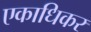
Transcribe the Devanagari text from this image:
एकाधिकर